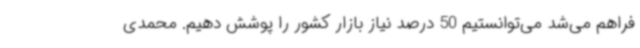
فراهم می‌شد می‌توانستیم 50 درصد نیاز بازار کشور را پوشش دهیم. محمدی